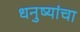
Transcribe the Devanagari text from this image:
धनुष्यांचा